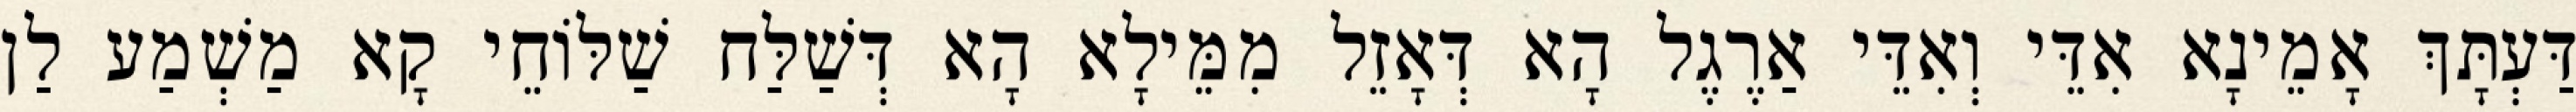
דַּעְתָּךְ אָמֵינָא אִדֵּי וְאִדֵּי אַרֶגֶל הָא דְּאָזֵל מִמֵּילָא הָא דְּשַׁלַּח שַׁלּוֹחֵי קָא מַשְׁמַע לַן